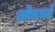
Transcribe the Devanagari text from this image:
ओडबर्ट